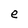
Character: e